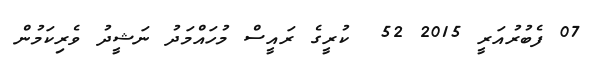
07 ފެބުރުއަރީ 2015 52  ކުރީގެ ރައީސް މުހައްމަދު ނަޝީދު ވެރިކަމުން